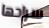
سراحها